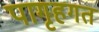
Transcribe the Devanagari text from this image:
पागृहगत